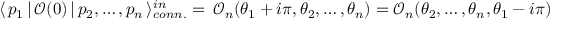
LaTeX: \langle \, p _ { 1 } \, | \, \mathcal { O } ( 0 ) \, | \, p _ { 2 } , \dots , p _ { n } \, \rangle _ { c o n n . } ^ { i n } = \, \mathcal { O } _ { n } ( \theta _ { 1 } + i \pi , \theta _ { 2 } , \dots , \theta _ { n } ) = \mathcal { O } _ { n } ( \theta _ { 2 } , \dots , \theta _ { n } , \theta _ { 1 } - i \pi )